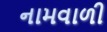
નામવાળી